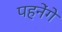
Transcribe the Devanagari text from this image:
पहनेंगे